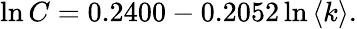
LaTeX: \ln C=0.2400-0.2052\ln\left\langle k\right\rangle.